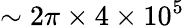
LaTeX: \sim 2\pi\times 4\times 10^{5}